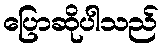
ပြောဆိုပါသည်